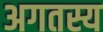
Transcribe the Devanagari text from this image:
अगतस्य